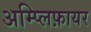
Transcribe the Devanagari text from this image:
अम्प्लिफ़ायर